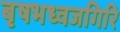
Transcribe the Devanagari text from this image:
बृषभध्वजगिरि